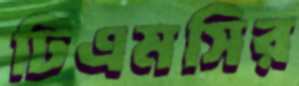
টিএমসির